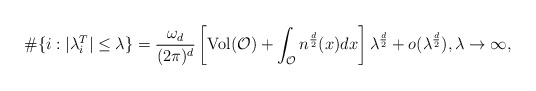
\begin{align*}\#\{i:|\lambda^T_i| \leq \lambda\} = \frac{\omega_d}{(2\pi)^d} \left [\operatorname{Vol}(\mathcal O) + \int_{\mathcal O} n^{\frac d 2}(x) dx \right ] \lambda^{\frac{d}{2}}+ o(\lambda^{\frac d 2}), \lambda \rightarrow \infty,\end{align*}